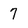
Character: 7